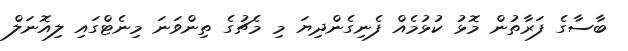
ބާސާގެ ފަރާތުން މޮޅު ކުޅުމެއް ފެނިގެންދިޔަ މި މެޗުގެ ތިންވަނަ މިނެޓްގައި ލިއޮނަލް